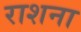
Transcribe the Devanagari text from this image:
राशना